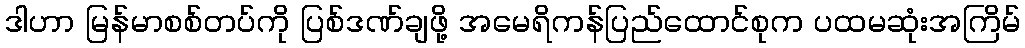
ဒါဟာ မြန်မာစစ်တပ်ကို ပြစ်ဒဏ်ချဖို့ အမေရိကန်ပြည်ထောင်စုက ပထမဆုံးအကြိမ်